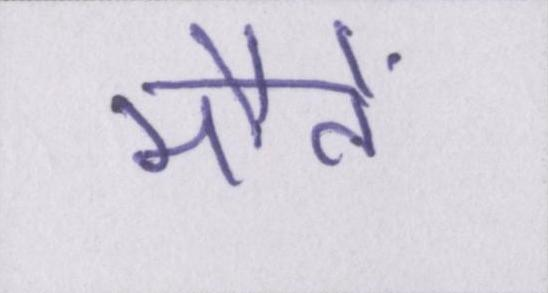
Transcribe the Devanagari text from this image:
मौतें